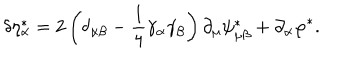
LaTeX: \delta \eta _ { \alpha } ^ { * } = 2 \left( \delta _ { \alpha \beta } - \frac 1 4 \gamma _ { \alpha } \gamma _ { \beta } \right) \partial _ { \mu } \psi _ { \mu \beta } ^ { * } + \partial _ { \alpha } \varphi ^ { * } .